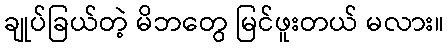
ချုပ်ခြယ်တဲ့ မိဘတွေ မြင်ဖူးတယ် မလား။